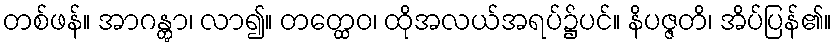
တစ်ဖန်။ အာဂန္တွာ၊ လာ၍။ တတ္ထေဝ၊ ထိုအလယ်အရပ်၌ပင်။ နိပဇ္ဇတိ၊ အိပ်ပြန်၏။